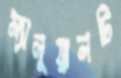
ম্যানুয়ালটি